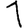
Digit: 1